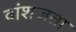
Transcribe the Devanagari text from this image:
वांशजता